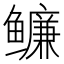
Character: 𬶶